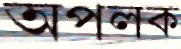
অপলক